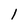
Character: 1